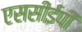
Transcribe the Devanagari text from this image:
एससीईपी